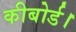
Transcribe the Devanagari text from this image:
कीबोर्ड।